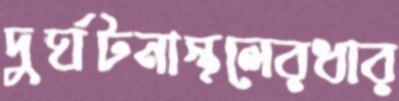
দুর্ঘটনাস্থলেরধার